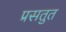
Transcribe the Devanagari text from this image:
प्रसतुत